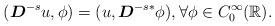
LaTeX: \begin{align*}(\boldsymbol{D}^{-s}u,\phi)=(u,\boldsymbol{D}^{-s*}\phi),\forall \phi\in C_0^\infty(\mathbb{R}).\end{align*}